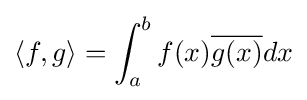
\langle f,g\rangle =\int _{a}^{b}f(x){\overline {g(x)}}dx